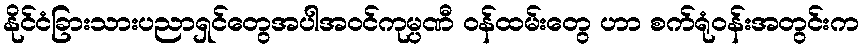
နိုင်ငံခြားသားပညာရှင်တွေအပါအဝင်ကုမ္ပဏီ ဝန်ထမ်းတွေ ဟာ စက်ရုံဝန်းအတွင်းက